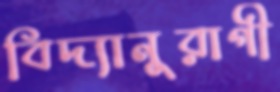
বিদ্যানুরাগী